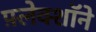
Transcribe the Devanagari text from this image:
फ़्लेक्शॉने